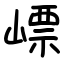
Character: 㟽